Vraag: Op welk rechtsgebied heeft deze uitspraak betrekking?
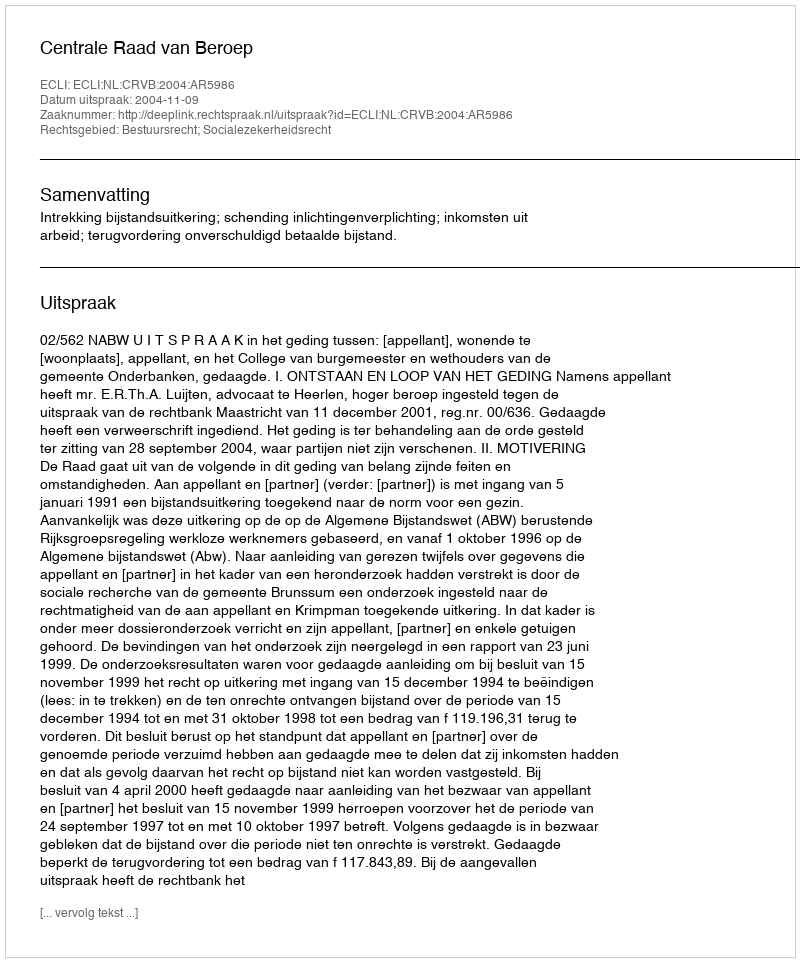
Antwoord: Bestuursrecht; Socialezekerheidsrecht